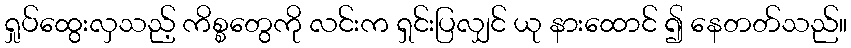
ရှုပ်ထွေးလှသည့် ကိစ္စတွေကို လင်းက ရှင်းပြလျှင် ယု နားထောင် ၍ နေတတ်သည်။